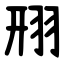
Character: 䍾